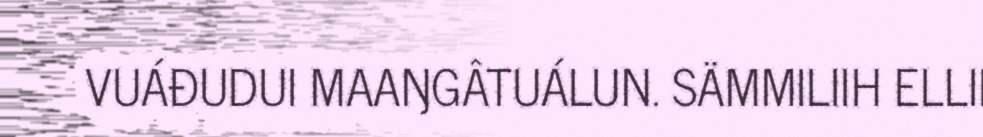
VUÁĐUDUI MAAŊGÂTUÁLUN. SÄMMILIIH ELLII